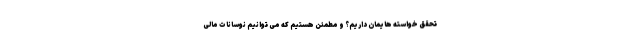
تحقق خواسته هایمان داریم؟ و مطمئن هستیم که می توانیم نوسانات مالی